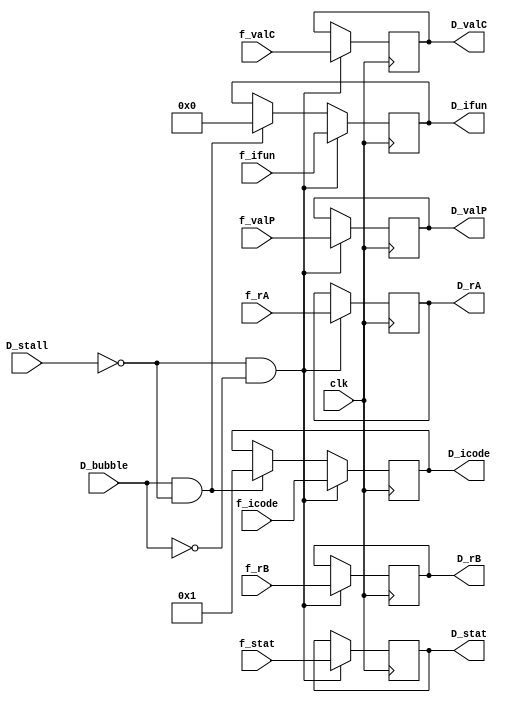
module reg_D(clk,D_stat,D_icode,D_ifun,D_rA,D_rB,D_valC,D_valP,f_stat,f_icode,f_ifun,f_rA,f_rB,f_valC,f_valP,D_stall,D_bubble);

input clk;
input [1:0] f_stat;
input [3:0] f_icode,f_ifun;
input [3:0] f_rA,f_rB;
input signed [63:0] f_valC,f_valP;
output reg [1:0] D_stat=0;
output reg [3:0] D_icode,D_ifun;
output reg [3:0] D_rA,D_rB;
output reg signed [63:0] D_valC,D_valP;
input D_stall,D_bubble;

initial begin
    D_stat<=0;
end

always @(posedge clk) begin
    if(!D_stall && !D_bubble)begin
        D_icode<=f_icode;
        D_ifun<=f_ifun;
        D_rA<=f_rA;
        D_rB <= f_rB;
        D_valC<=f_valC;
        D_valP<=f_valP;
        D_stat<=f_stat;
    end
    else if(D_bubble && !D_stall)begin
        D_icode <= 4'b1;
        D_ifun <= 4'b0;
    end

end

endmodule